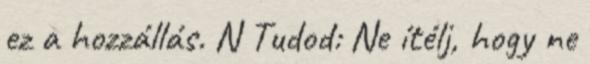
ez a hozzállás. N Tudod: Ne ítélj, hogy ne